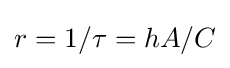
r=1/\tau =hA/C